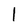
Character: 1